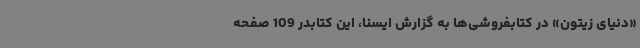
«دنیای زیتون» در کتابفروشی‌ها به گزارش ایسنا، این کتابدر 109 صفحه